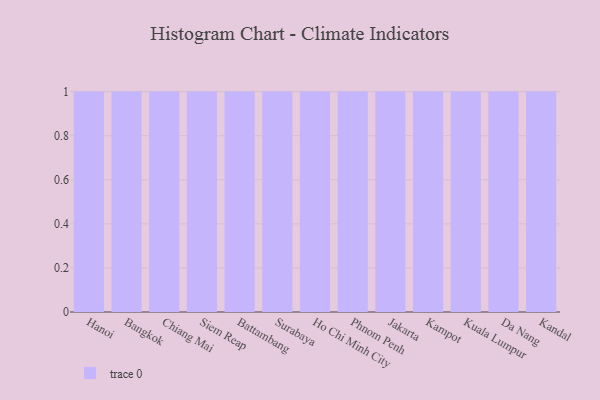
{"axis": {"x": "City", "y": "Backlog"}, "legend": [""], "data": [{"x": "Hanoi", "y": 82, "type": ""}, {"x": "Bangkok", "y": 1, "type": ""}, {"x": "Chiang Mai", "y": 99, "type": ""}, {"x": "Siem Reap", "y": 24, "type": ""}, {"x": "Battambang", "y": 50, "type": ""}, {"x": "Surabaya", "y": 100, "type": ""}, {"x": "Ho Chi Minh City", "y": 99, "type": ""}, {"x": "Phnom Penh", "y": 71, "type": ""}, {"x": "Jakarta", "y": 68, "type": ""}, {"x": "Kampot", "y": 80, "type": ""}, {"x": "Kuala Lumpur", "y": 97, "type": ""}, {"x": "Da Nang", "y": 45, "type": ""}, {"x": "Kandal", "y": 2, "type": ""}]}